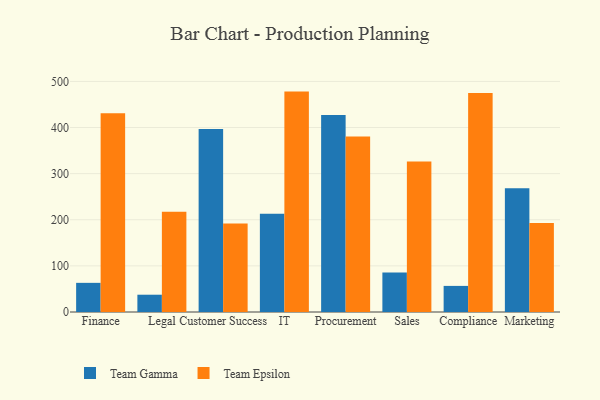
{"axis": {"x": "Department", "y": "Tickets Resolved"}, "legend": ["Team Epsilon", "Team Gamma"], "data": [{"x": "Finance", "y": 63.2, "type": "Team Gamma"}, {"x": "Finance", "y": 431.1, "type": "Team Epsilon"}, {"x": "Legal", "y": 37.5, "type": "Team Gamma"}, {"x": "Legal", "y": 217.5, "type": "Team Epsilon"}, {"x": "Customer Success", "y": 396.6, "type": "Team Gamma"}, {"x": "Customer Success", "y": 192.1, "type": "Team Epsilon"}, {"x": "IT", "y": 213.3, "type": "Team Gamma"}, {"x": "IT", "y": 477.9, "type": "Team Epsilon"}, {"x": "Procurement", "y": 427.2, "type": "Team Gamma"}, {"x": "Procurement", "y": 380.7, "type": "Team Epsilon"}, {"x": "Sales", "y": 85.6, "type": "Team Gamma"}, {"x": "Sales", "y": 326.5, "type": "Team Epsilon"}, {"x": "Compliance", "y": 56.6, "type": "Team Gamma"}, {"x": "Compliance", "y": 474.9, "type": "Team Epsilon"}, {"x": "Marketing", "y": 268.3, "type": "Team Gamma"}, {"x": "Marketing", "y": 193.1, "type": "Team Epsilon"}]}